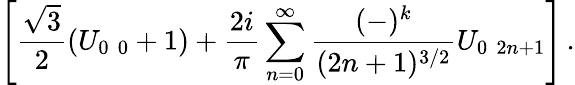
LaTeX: \left[\frac{\sqrt{3}}{2}(U_{0\, \, 0}+1)+\frac{2i}{\pi}\sum_{n=0}^{\infty}\frac{(-)^{k}}{(2n+1)^{3/2}}U_{0\, \, 2n+1}\right]\, .